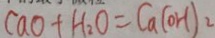
C a O + H _ { 2 } O = C a ( O H ) _ { 2 }